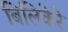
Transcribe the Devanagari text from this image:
बिलिकेरे